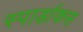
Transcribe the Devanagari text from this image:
स्पार्डाकस